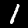
Label: 1